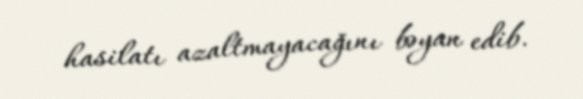
hasilatı azaltmayacağını bəyan edib.